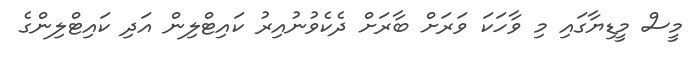
މީސް މީޑިޔާގައި މި ވާހަކަ ވަރަށް ބާރަށް ދެކެވުނުއިރު ކައިޓްލިން އަދި ކައިޓްލިންގެ